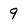
Character: 9